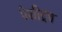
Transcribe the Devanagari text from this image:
पेशीद्रव